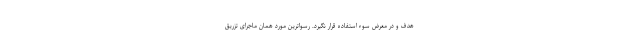
هدف و در معرض سوء استفاده قرار نگیرد. رسواترین مورد همان ماجرای تزریق